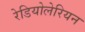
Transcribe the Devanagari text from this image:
रेडियोलेरियन